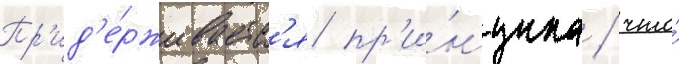
Пр'ид'е́рживаетс'я пр'и́нципа / что́